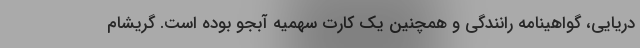
دریایی، گواهینامه رانندگی و همچنین یک کارت سهمیه آبجو بوده است. گریشام